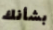
بشأنك